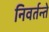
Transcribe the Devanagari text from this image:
निवर्तन्ते